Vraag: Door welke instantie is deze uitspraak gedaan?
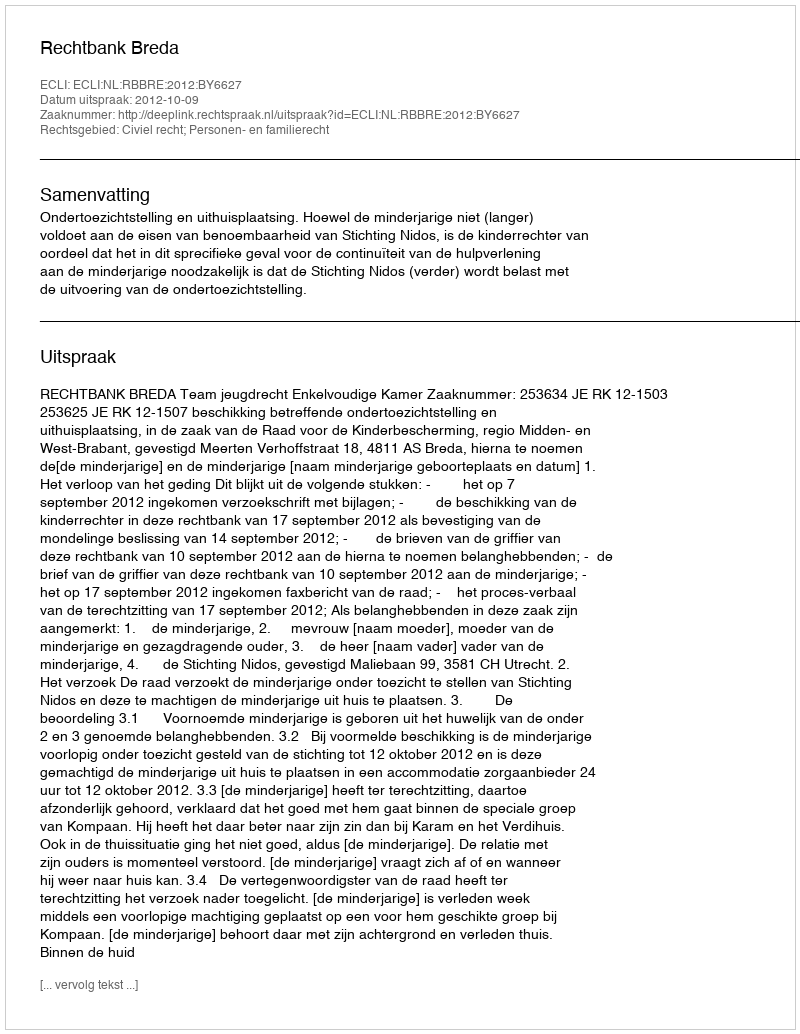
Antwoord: Rechtbank Breda